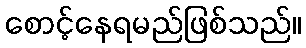
စောင့်နေရမည်ဖြစ်သည်။